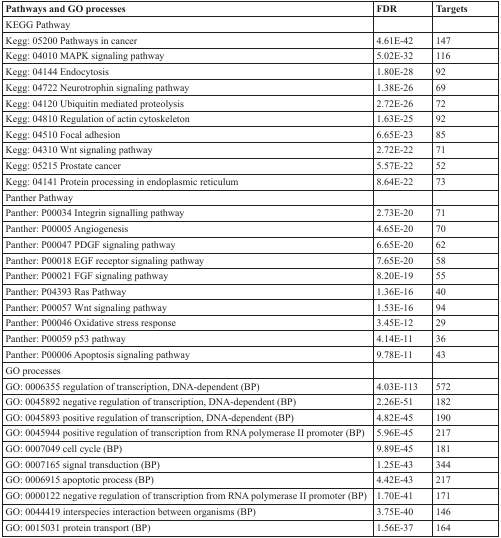
<table><thead><tr><td><b>Pathways and GO processes</b></td><td><b>FDR</b></td><td><b>Targets</b></td></tr></thead><tbody><tr><td>KEGG Pathway</td><td>[EMPTY_CELL]</td><td>[EMPTY_CELL]</td></tr><tr><td>Kegg: 05200 Pathways in cancer</td><td>4.61E-42</td><td>147</td></tr><tr><td>Kegg: 04010 MAPK signaling pathway</td><td>5.02E-32</td><td>116</td></tr><tr><td>Kegg: 04144 Endocytosis</td><td>1.80E-28</td><td>92</td></tr><tr><td>Kegg: 04722 Neurotrophin signaling pathway</td><td>1.38E-26</td><td>69</td></tr><tr><td>Kegg: 04120 Ubiquitin mediated proteolysis</td><td>2.72E-26</td><td>72</td></tr><tr><td>Kegg: 04810 Regulation of actin cytoskeleton</td><td>1.63E-25</td><td>92</td></tr><tr><td>Kegg: 04510 Focal adhesion</td><td>6.65E-23</td><td>85</td></tr><tr><td>Kegg: 04310 Wnt signaling pathway</td><td>2.72E-22</td><td>71</td></tr><tr><td>Kegg: 05215 Prostate cancer</td><td>5.57E-22</td><td>52</td></tr><tr><td>Kegg: 04141 Protein processing in endoplasmic reticulum</td><td>8.64E-22</td><td>73</td></tr><tr><td>Panther Pathway</td><td>[EMPTY_CELL]</td><td>[EMPTY_CELL]</td></tr><tr><td>Panther: P00034 Integrin signalling pathway</td><td>2.73E-20</td><td>71</td></tr><tr><td>Panther: P00005 Angiogenesis</td><td>4.65E-20</td><td>70</td></tr><tr><td>Panther: P00047 PDGF signaling pathway</td><td>6.65E-20</td><td>62</td></tr><tr><td>Panther: P00018 EGF receptor signaling pathway</td><td>7.65E-20</td><td>58</td></tr><tr><td>Panther: P00021 FGF signaling pathway</td><td>8.20E-19</td><td>55</td></tr><tr><td>Panther: P04393 Ras Pathway</td><td>1.36E-16</td><td>40</td></tr><tr><td>Panther: P00057 Wnt signaling pathway</td><td>1.53E-16</td><td>94</td></tr><tr><td>Panther: P00046 Oxidative stress response</td><td>3.45E-12</td><td>29</td></tr><tr><td>Panther: P00059 p53 pathway</td><td>4.14E-11</td><td>36</td></tr><tr><td>Panther: P00006 Apoptosis signaling pathway</td><td>9.78E-11</td><td>43</td></tr><tr><td>GO processes</td><td>[EMPTY_CELL]</td><td>[EMPTY_CELL]</td></tr><tr><td>GO: 0006355 regulation of transcription, DNA-dependent (BP)</td><td>4.03E-113</td><td>572</td></tr><tr><td>GO: 0045892 negative regulation of transcription, DNA-dependent (BP)</td><td>2.26E-51</td><td>182</td></tr><tr><td>GO: 0045893 positive regulation of transcription, DNA-dependent (BP)</td><td>4.82E-45</td><td>190</td></tr><tr><td>GO: 0045944 positive regulation of transcription from RNA polymerase II promoter (BP)</td><td>5.96E-45</td><td>217</td></tr><tr><td>GO: 0007049 cell cycle (BP)</td><td>9.89E-45</td><td>181</td></tr><tr><td>GO: 0007165 signal transduction (BP)</td><td>1.25E-43</td><td>344</td></tr><tr><td>GO: 0006915 apoptotic process (BP)</td><td>4.42E-43</td><td>217</td></tr><tr><td>GO: 0000122 negative regulation of transcription from RNA polymerase II promoter (BP)</td><td>1.70E-41</td><td>171</td></tr><tr><td>GO: 0044419 interspecies interaction between organisms (BP)</td><td>3.75E-40</td><td>146</td></tr><tr><td>GO: 0015031 protein transport (BP)</td><td>1.56E-37</td><td>164</td></tr></tbody></table>